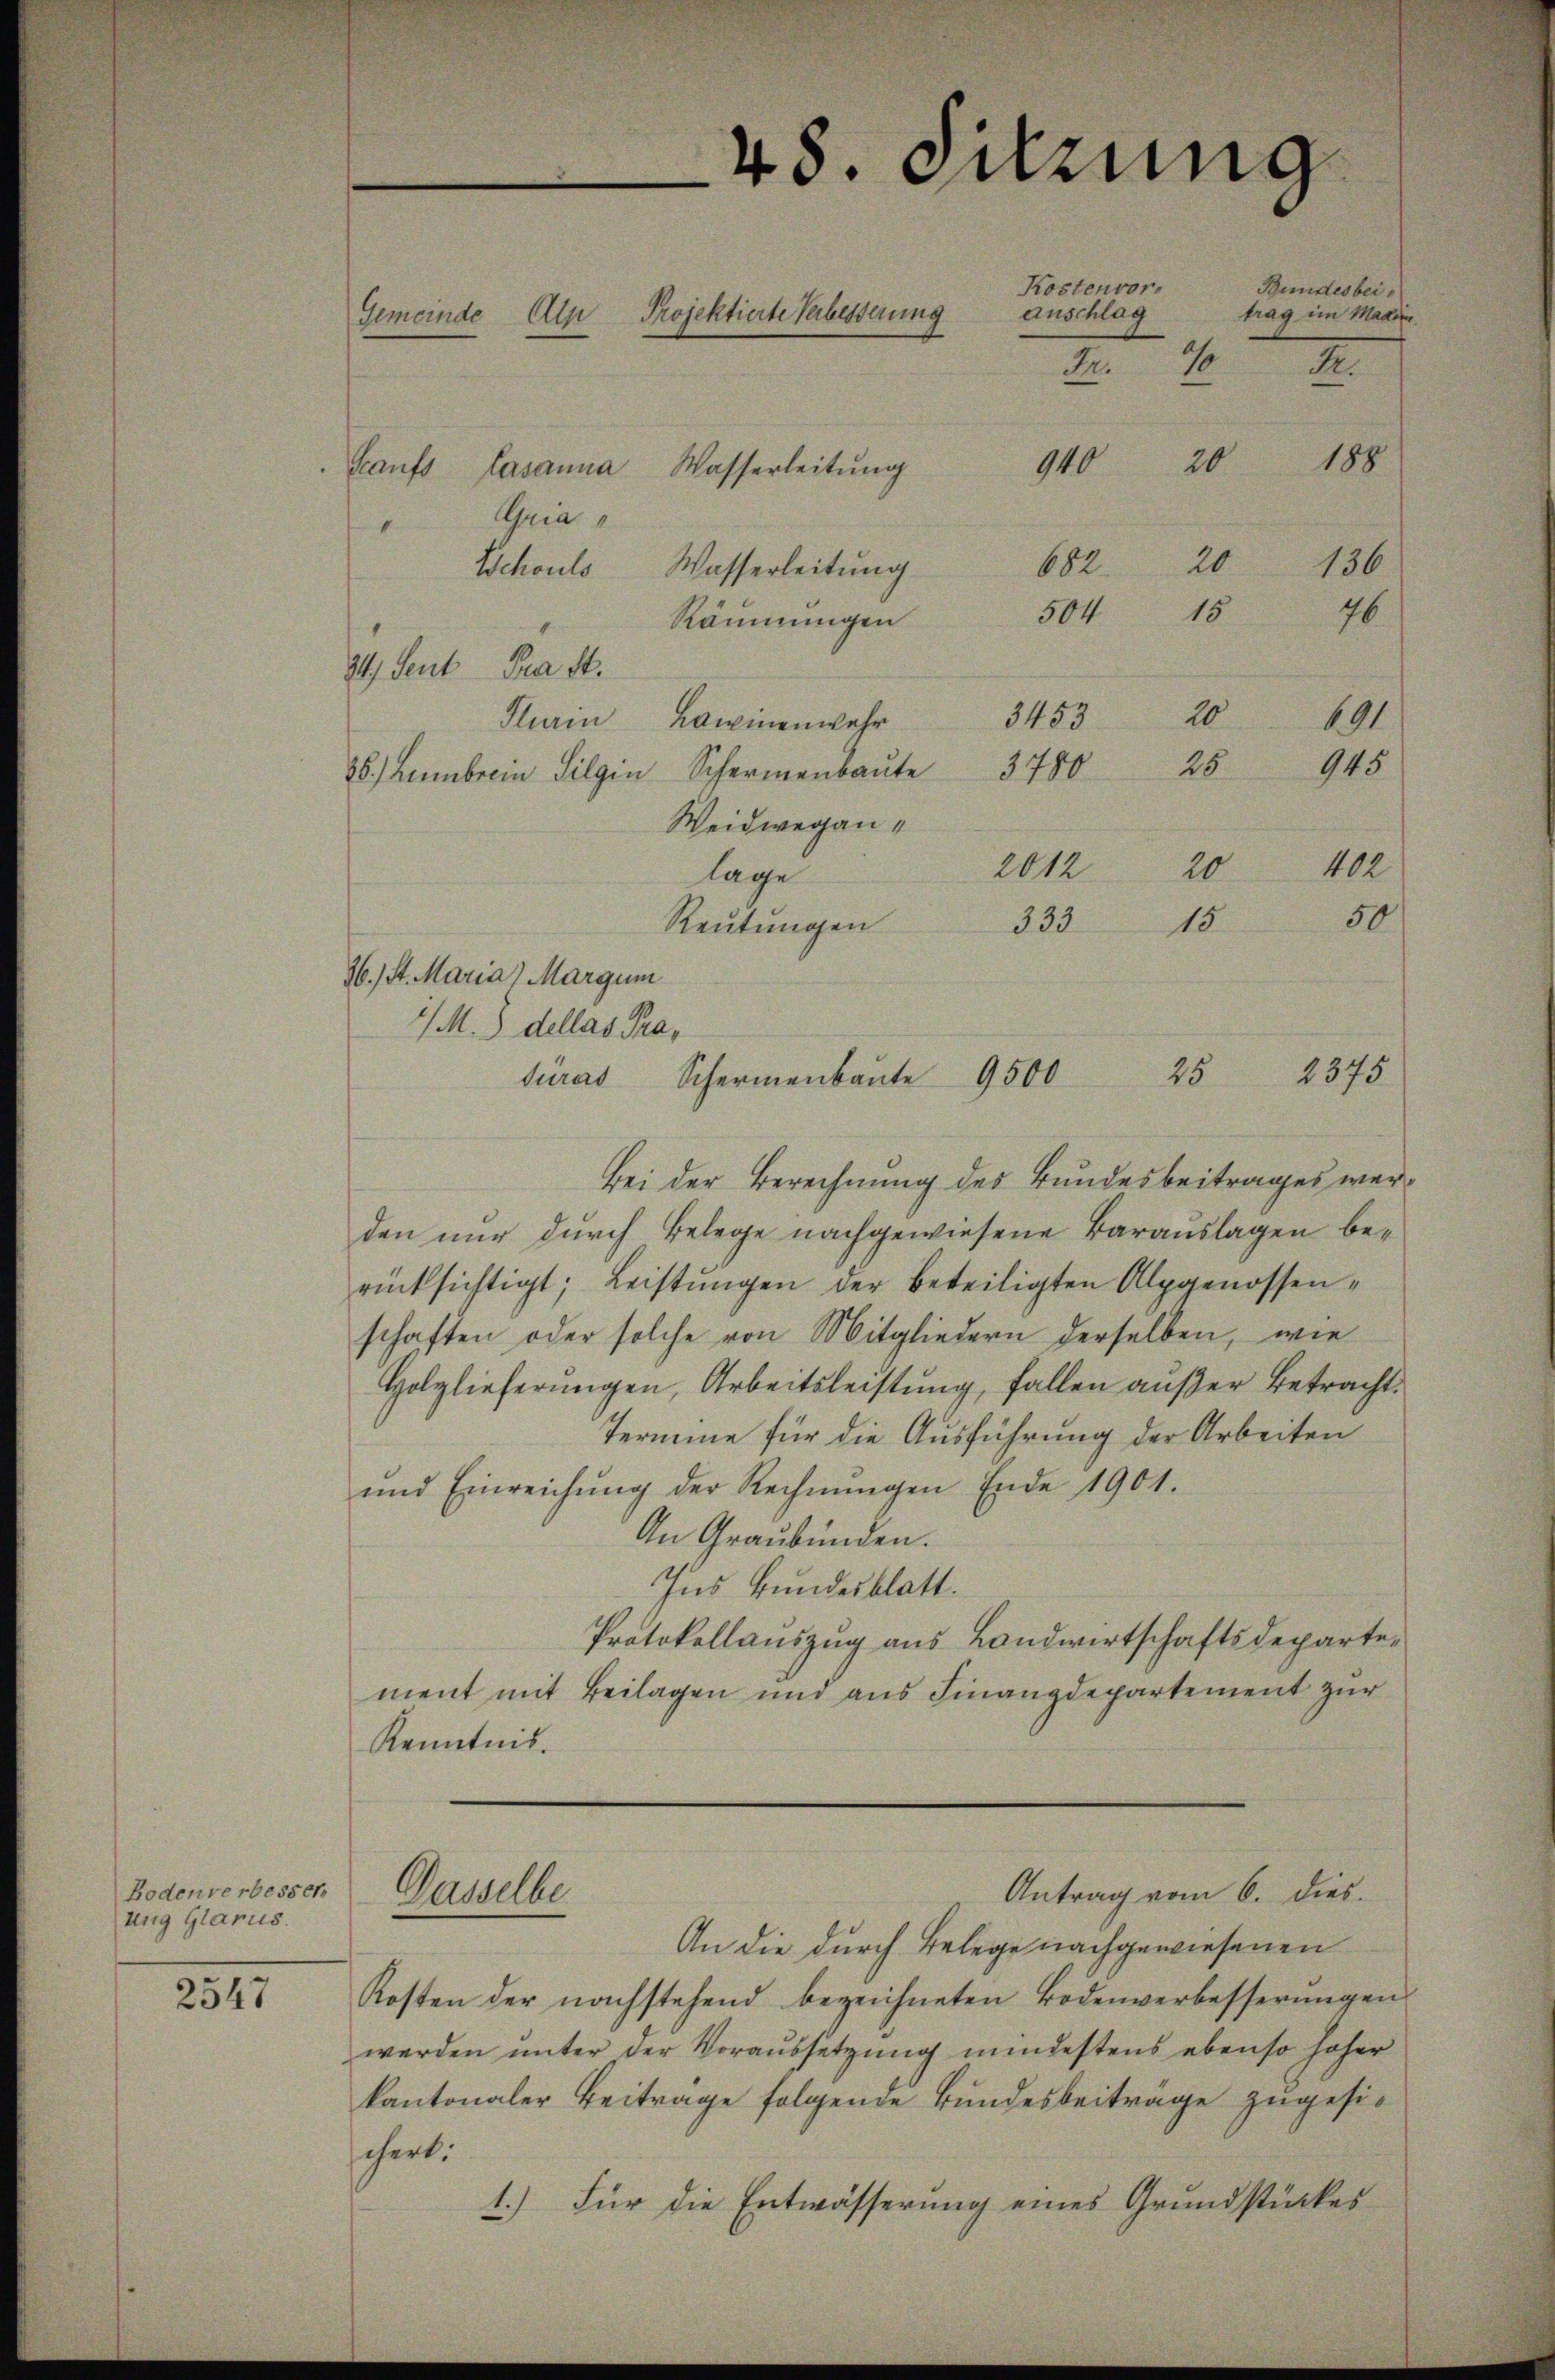
Bodenverbesser
ung Glarus.

2547

48. Mirung
Kostenvor.
Bundesbei
anschlag
trag im Maxim
Gemeinde Alp Projektierte Verbesserung
2
I
Fr.
188
940 20
Kaŭfs Casanna Wasserleitŭng
Gria
I
20
682.
136
Schouls Wasserleitung

15
504
Räumungen
24. Sent Pra St.
10
3453
Klein Lawinenwehr
25
35.) Lemberein Silgin Schermenbaŭte 3780
Weidwegan¬
402
2012
20
lage
50
15
333.
Reutungen
36.) St. Maria Margum
1 M. J. dellas Pradurat
Bei der Berechnung des Bundesbeitrages werden nur durch Belege nachgewiesene Barauslagen berücksichtigt; Leistungen der beteiligten Alpgenossenschaften oder solche von Mitgliedern derselben, wie
Holzlieferŭngen, Arbeitsleistŭng, fallen aŭβer Betracht.
Termine für die Ausführung der Arbeiten
und Einreichŭng der Rechnŭngen Ende 1901.
An Graubünden.
Ins Bundesblatt.
Protokollauszug aus Landwirtschaftsdepartement mit Beilagen und aus Finanzdepartement zur
Kenntnis.
Antrag vom 6. dies
Gasselbe
An die durch Belege nachgewiesenen
Kosten der nachstehend bezeichneten Bodenverbesserŭngen
werden ŭnter der Voraussetzung mindestens ebenso hoher
kantonaler Beiträge folgende Bundesbeiträge zugesic
chert.
1.) Für die Entwässerung eines Grundstückes

76
191
945

25 2375
Schermenbaute 9500